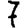
Digit: 7